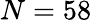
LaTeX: N=58